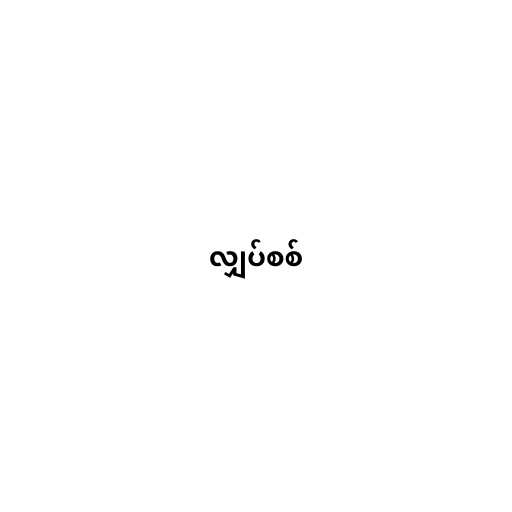
လျှပ်စစ်